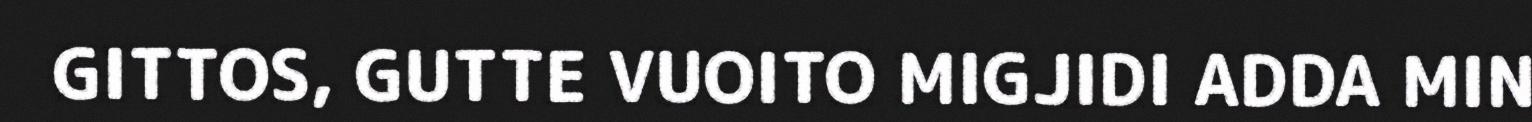
GITTOS, GUTTE VUOITO MIGJIDI ADDA MIN